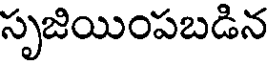
సృజియింపబడిన